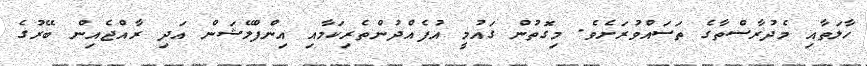
ހާލަތާއި މެދުރާސްތާގެ ތަސައްވުރަށެވެ. މިގޮތުން ގައުމީ އުފެއްދުންތެރިކަމާއި އިންފްލޭޝަން އަދި ރާއްޖެއިން ބޭރުގެ